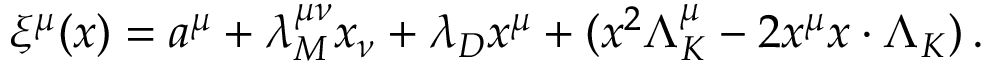
\xi ^ { \mu } ( x ) = a ^ { \mu } + \lambda _ { M } ^ { \mu \nu } x _ { \nu } + \lambda _ { D } x ^ { \mu } + ( x ^ { 2 } \Lambda _ { K } ^ { \mu } - 2 x ^ { \mu } x \cdot \Lambda _ { K } ) \, .